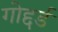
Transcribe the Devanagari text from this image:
गोद्दर्ड